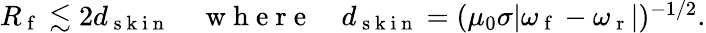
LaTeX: \begin{array}{r}{R_{\mathrm{~f~}}\lesssim 2d_{\mathrm{~s~k~i~n~}}\quad\mathrm{~w~h~e~r~e~}\quad d_{\mathrm{~s~k~i~n~}}=(\mu_{0}\sigma|\omega_{\mathrm{~f~}}-\omega_{\mathrm{~r~}}|)^{-1/2}.}\end{array}